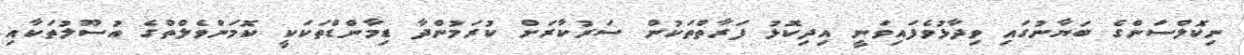
ނިކޮލްސަންގެ ބަޔާނުގައި ވިދާޅުވެފައިވަނީ އިދިކޮޅު ފަރާތްތަކުން ސަރުކާރަށް ކުރަމުންދާ ޑިމާންޑްތަކަކީ ކޮމަންވެލްތްގެ އުސޫލުތަކާއި